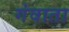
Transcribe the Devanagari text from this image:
गंवाता